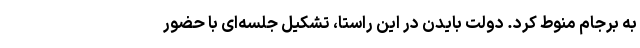
به برجام منوط کرد. دولت بایدن در این راستا، تشکیل جلسه‌ای با حضور